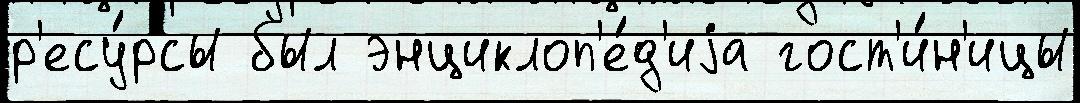
р'есу́рсы был энциклоп'е́д'иjа гост'и́н'ицы